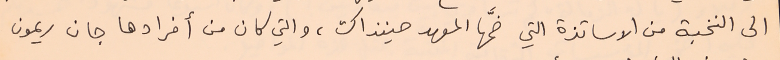
الى النخبة من الاساتذة التي ضمَّها المعهد حينذاك، والتي كان من أفرادها جان ريمون